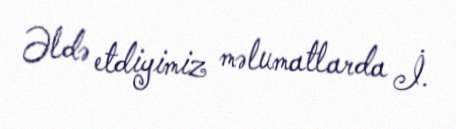
Əldə etdiyimiz məlumatlarda İ.